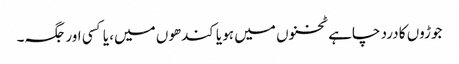
جوڑوں کا درد چاہے ٹخنوں میں ہو یا کندھوں میں، یا کسی اور جگہ۔